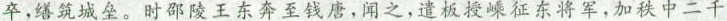
卒，缮筑城垒。时邵陵王东奔至钱唐，闻之，遣板授嵊征东将军，加秩中二千